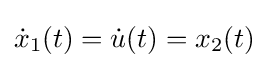
\textstyle {\dot {x}}_{1}(t)={\dot {u}}(t)=x_{2}(t)